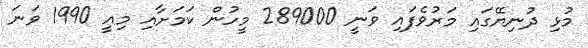
މުޅި ދުނިޔޭގައި މަރުވެފައި ވަނީ 289000 މީހުން ކަމަށާއި މިއީ 1990 ވަނަ